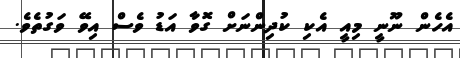
އެހެން ނޫނީ މިއީ އެކި ކުދިންނަށް ގޮވާ އަޑު ވެސް އިވޭ ވަގުތެވެ.